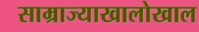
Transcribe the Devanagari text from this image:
साम्राज्याखालोखाल